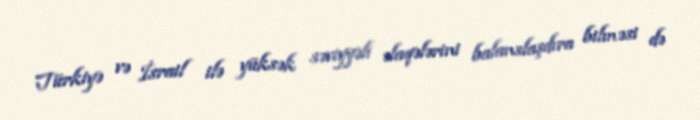
Türkiyə və İsrail ilə yüksək səviyyəli əlaqələrini balanslaşdıra bilməsi də